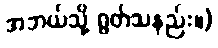
အဘယ်သို့ ရွတ်သနည်း။)